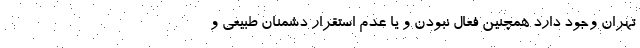
تهران وجود دارد همچنین فعال نبودن و یا عدم استقرار دشمنان طبیعی و